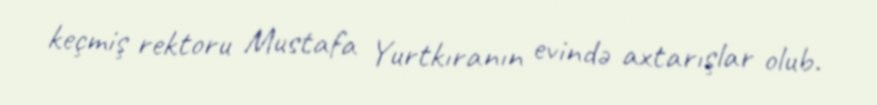
keçmiş rektoru Mustafa Yurtkıranın evində axtarışlar olub.